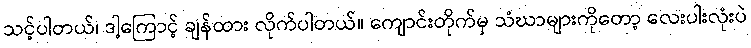
သင့်ပါတယ်၊ ဒါ့ကြောင့် ချန်ထား လိုက်ပါတယ်။ ကျောင်းတိုက်မှ သံဃာများကိုတော့ လေးပါးလုံးပဲ